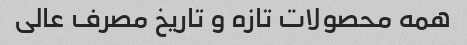
همه محصولات تازه و تاریخ مصرف عالی